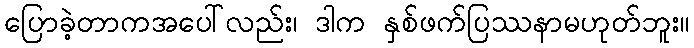
ပြောခဲ့တာကအပေါ်လည်း၊ ဒါက နှစ်ဖက်ပြဿနာမဟုတ်ဘူး။